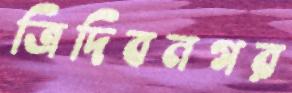
ত্রিদিবনগর